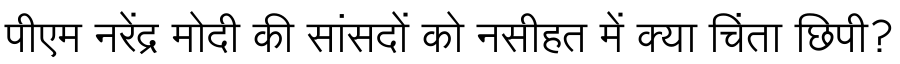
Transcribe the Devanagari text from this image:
पीएम नरेंद्र मोदी की सांसदों को नसीहत में क्या चिंता छिपी?